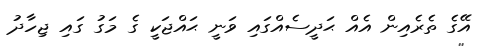
އޭގެ ތެރެއިން އެއް ޙަދީސެއްގައި ވަނީ ޙައްޖަކީ ގެ މަގު ގައި ޖިހާދު